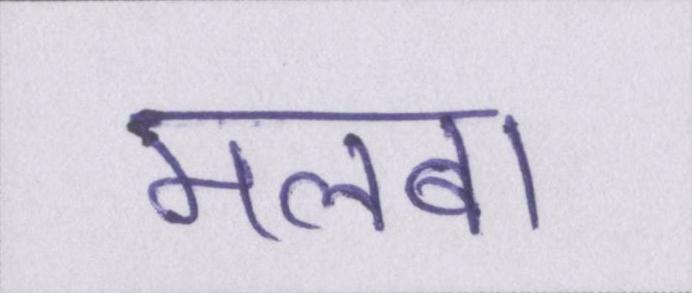
मलबा